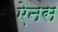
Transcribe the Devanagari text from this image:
ऐनस